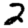
Digit: 2